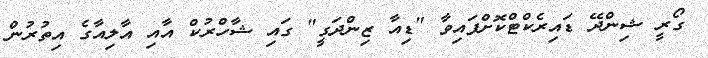
ގޯރީ ޝިންދޭ ޑައިރެކްޓްކޮށްފައިވާ "ޑިއާ ޒިންދަގީ" ގައި ޝާހްރުކް އާއި އާލިއާގެ އިތުރުން